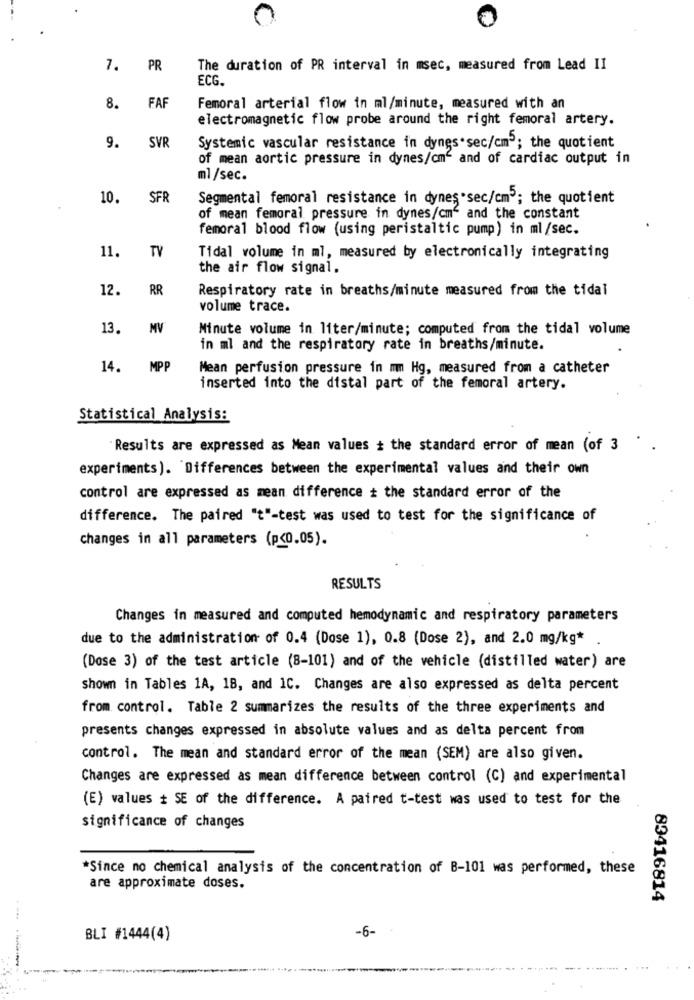
7. PR
The duration of PR interval in msec, measured from Lead II
ECG.
8.
Femoral arterial flow in ml/minute, measured with an
electromagnetic flow probe around the right femoral artery.
9.
SVR
Systemic vascular resistance in dynes.sec/cm3; the quotient
of mean aortic pressure in dynes/cm and of cardiac output in
ml/sec.
10. SFR
Segmental femoral resistance in dynes.sec/cm5; the quotient
of mean femoral pressure in dynes/cm" and the constant
femoral blood flow (using peristaltic pump) in ml/sec.
TV
11.
Tidal volume in ml, measured by electronically integrating
the air flow signal,
12.
RR
Respiratory rate in breaths/minute measured from the tidal
volume trace.
13.
MV
Minute volume in liter/minute; computed from the tidal volume
in ml and the respiratory rate in breaths/minute.
14. MPP
Mean perfusion pressure in mm Hg, measured from a catheter
inserted into the distal part of the femoral artery.
Statistical Analysis:
Results are expressed as Mean values # the standard error of mean (of 3
experiments). Differences between the experimental values and their own
control are expressed as mean difference # the standard error of the
difference. The paired "t"-test was used to test for the significance of
changes in all parameters (p<0.05).
RESULTS
Changes in measured and computed hemodynamic and respiratory parameters
due to the administration of 0.4 (Dose 1), 0.8 (Dose 2), and 2.0 mg/kg*
(Dose 3) of the test article (8-101) and of the vehicle (distilled water) are
shown in Tables 1A, 18, and 1C. Changes are also expressed as delta percent
from control. Table 2 summarizes the results of the three experiments and
presents changes expressed in absolute values and as delta percent from
control. The mean and standard error of the mean (SEM) are also given.
Changes are expressed as mean difference between control (C) and experimental
(E) values # SE of the difference. A paired t-test was used to test for the
significance of changes
*Since no chemical analysis of the concentration of B-101 was performed, these
are approximate doses.
89416814
-6-
BLI #1444(4)